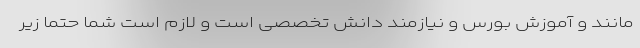
مانند و آموزش بورس و نیازمند دانش تخصصی است و لازم است شما حتما زیر